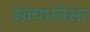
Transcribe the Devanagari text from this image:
स्क्वामोसा